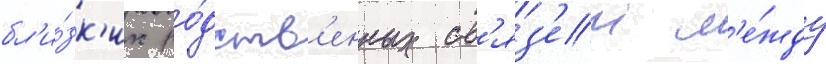
бл'и́зк'их ро́дств'енных св'яз'еи м'е́жду